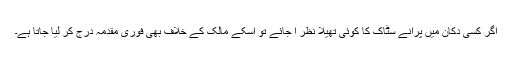
اگر کسی دکان میں پرانے سٹاک کا کوئی تھیلا نظر آ جائے تو اسکے مالک کے خلاف بھی فوری مقدمہ درج کر لیا جاتا ہے۔